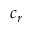
c _ { r }